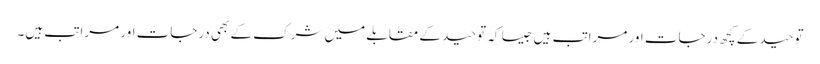
توحید کے کچھ درجات اور مراتب ہیں جیسا کہ توحید کے مقابلے میں شرک کے بھی درجات اور مراتب ہیں۔